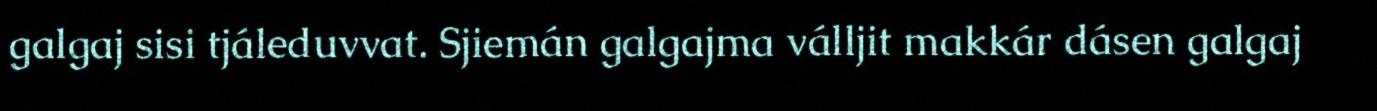
galgaj sisi tjáleduvvat. Sjiemán galgajma válljit makkár dásen galgaj